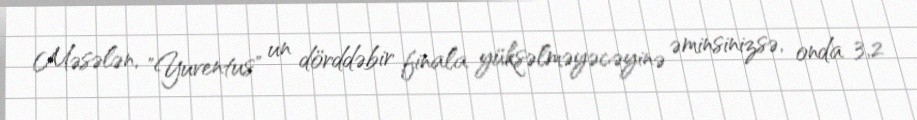
Məsələn, "Yuventus" un dörddəbir finala yüksəlməyəcəyinə əminsinizsə, onda 3,2